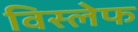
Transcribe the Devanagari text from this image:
विस्लेफ